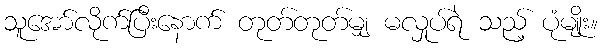
သူအော်လိုက်ပြီးနောက် တုတ်တုတ်မျှ မလှုပ်ရဲ သည့် ပုံမျိုး။